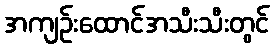
အကျဉ်းထောင်အသီးသီးတွင်